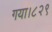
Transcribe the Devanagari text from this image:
गया।८२९